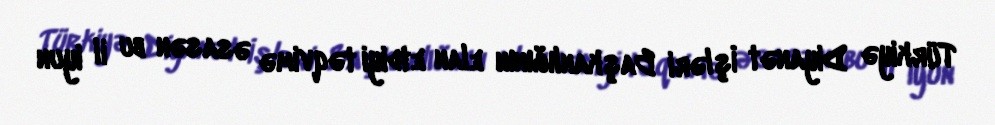
Türkiyə Diyanət İşləri Başkanlığının elan etdiyi təqvimə əsasən bu il iyun